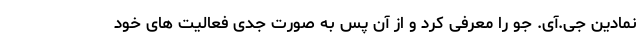
نمادین جی.آی. جو را معرفی کرد و از آن پس به صورت جدی فعالیت های خود